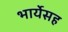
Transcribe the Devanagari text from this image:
भार्येसह